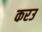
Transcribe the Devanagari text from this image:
करउ